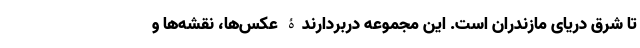
تا شرق دریای مازندران است. این مجموعه دربردارندۀ عکس‌ها، نقشه‌ها و